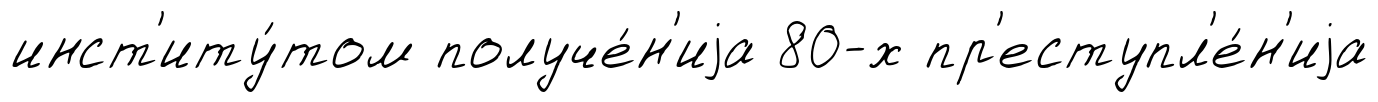
инст'иту́том получе́н'иjа 80-х пр'еступл'е́н'иjа